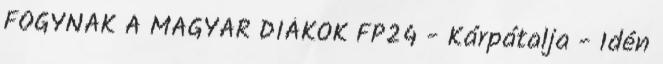
FOGYNAK A MAGYAR DIÁKOK FP24 - Kárpátalja - Idén